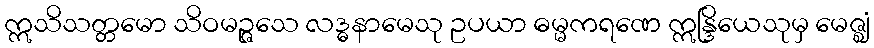
ဣသိသတ္တမော သိဝမဉ္ဇသေ လဒ္ဓနာမေသု ဥပယာ ဓမ္မကရဏေ ဣန္ဒြိယေသုမှ မေဇ္ဈံ